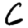
Digit: 6